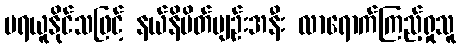
မရယူနိုင်သဖြင့် နယ်နိမိတ်မျဉ်းအနီး လာရောက်ကြည့်ရှုသူ